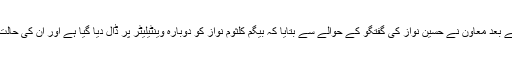
چند منٹ کے بعد معاون نے حسین نواز کی گفتگو کے حوالے سے بتایا کہ بیگم کلثوم نواز کو دوبارہ وینٹیلیٹر پر ڈال دیا گیا ہے اور ان کی حالت نازک ہے۔